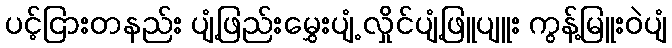
ပင့်ငြားတနည်း ပျံ့ဖြည်းမွှေးပျံ့ လှိုင်ပျံ့ဖြူပျူး ကွန့်မြူးဝဲပျံ